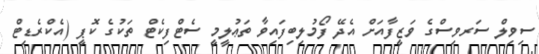
ސިވިލް ސަރވިސްގެ ވަޒީފާއަށް އެދޭ ފޯމުލިބިފައިވާ ތަޢުލީމީ ސެޓްފިކެޓް ތަކުގެ ކޮޕީ (އެކްރެޑިޓް